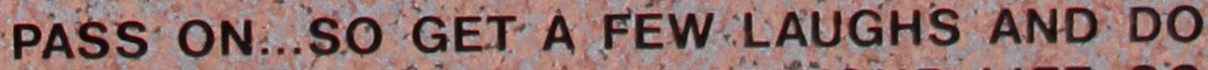
PASS ON...SO GET A FEW LAUGHS AND DO